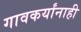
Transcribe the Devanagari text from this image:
गावकर्यांनाही